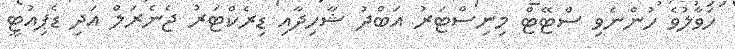
ހަވާލުވެ ހުންނެވި ސްޓޭޓް މިނިސްޓަރު އަބްދު ޝާހިދާއި ޑިރެކްޓަރު ޖެނެރަލް އަދި ޑެޕިއުޓީ